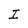
Character: I